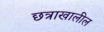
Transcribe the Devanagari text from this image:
छत्राखालील